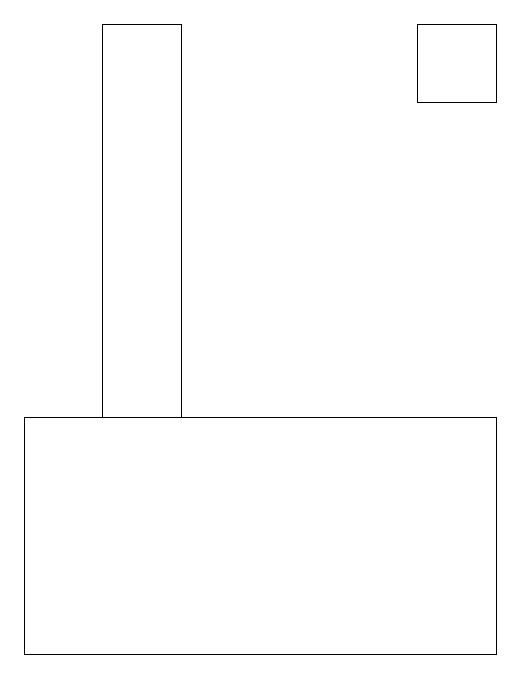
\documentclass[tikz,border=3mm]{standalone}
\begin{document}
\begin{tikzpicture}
\draw (5,19) rectangle (6,18);
\draw (6,14) rectangle (0,11);
\draw (2,19) rectangle (1,14);
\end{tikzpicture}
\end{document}